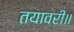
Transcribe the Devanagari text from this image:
तयावरी॥